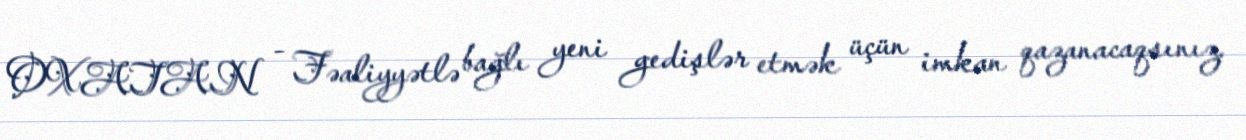
OXATAN - Fəaliyyətlə bağlı yeni gedişlər etmək üçün imkan qazanacaqsınız.